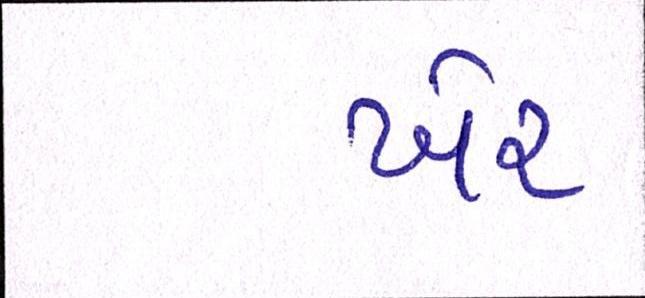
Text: ખેર